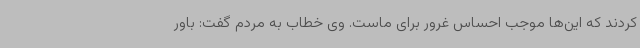
کردند که این‌ها موجب احساس غرور برای ماست. وی خطاب به مردم گفت: باور